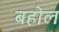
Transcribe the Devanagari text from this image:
बहोल